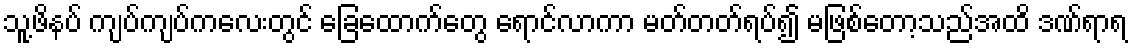
သူ့ဖိနပ် ကျပ်ကျပ်ကလေးတွင် ခြေထောက်တွေ ရောင်လာကာ မတ်တတ်ရပ်၍ မဖြစ်တော့သည်အထိ ဒဏ်ရာရ